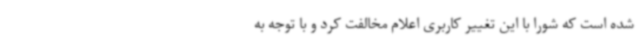
شده است که شورا با این تغییر کاربری اعلام مخالفت کرد و با توجه به